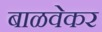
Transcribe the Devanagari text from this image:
बाळवेकर